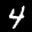
Label: 4